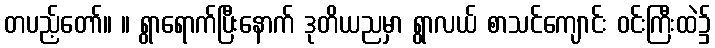
တပည့်တော်။ ။ ရွာရောက်ပြီးနောက် ဒုတိယညမှာ ရွာလယ် စာသင်ကျောင်း ဝင်းကြီးထဲ၌